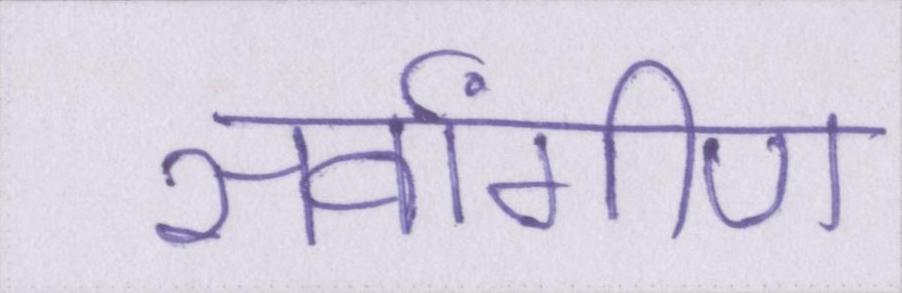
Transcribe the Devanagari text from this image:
सर्वांगीण